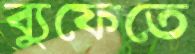
ব্যুফেতে